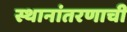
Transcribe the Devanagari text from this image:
स्थानांतरणाची